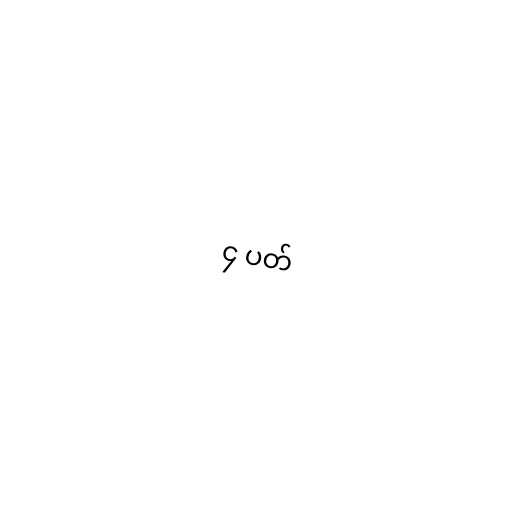
၄ ပတ်